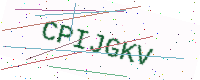
Text: CPIJGKV